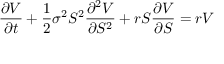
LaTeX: { \frac { \partial V } { \partial t } } + { \frac { 1 } { 2 } } \sigma ^ { 2 } S ^ { 2 } { \frac { \partial ^ { 2 } V } { \partial S ^ { 2 } } } + r S { \frac { \partial V } { \partial S } } = r V